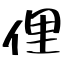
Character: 俚